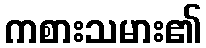
ကစားသမား၏